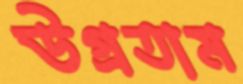
উগ্‌রতাম